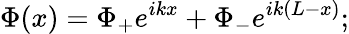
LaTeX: \Phi(x)=\Phi_{+}e^{ikx}+\Phi_{-}e^{ik(L-x)};